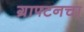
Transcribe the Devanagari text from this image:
ग्राफ्टनचा